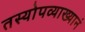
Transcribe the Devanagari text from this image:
तस्योपव्याख्यानं